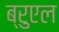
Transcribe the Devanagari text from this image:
ब्रुएल